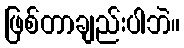
ဖြစ်တာချည်းပါဘဲ။